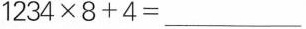
$$1 2 3 4 \times 8 + 4 = _ _ _ $$